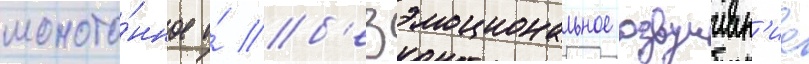
моното́нное и́ б'езэмоциональное озвучиван'ие